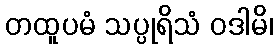
တထူပမံ သပ္ပုရိသံ ဝဒါမိ၊